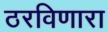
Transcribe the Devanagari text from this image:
ठरविणारा